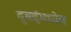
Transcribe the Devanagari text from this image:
दुबईमध्येच